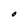
Character: O